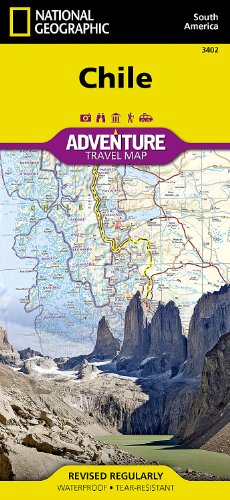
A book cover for Chile (National Geographic Adventure Map); National Geographic Maps - Adventure; Reference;